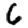
Digit: 6